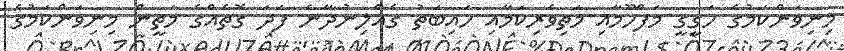
މިނިވަންކަމުގެ ހަގީގީ މަފްހޫމާއި މަތިވެރިކަމާއި ހައިބަތު ގެއްލިނުދާނެ ފަދަ ގޮތެއްގެ މަތީން މިނިވަންކަމުގެ